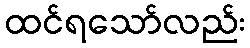
ထင်ရသော်လည်း